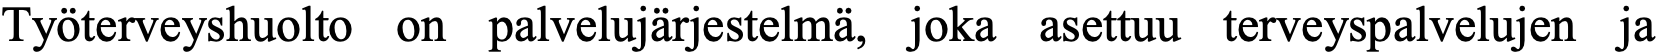
Työterveyshuolto on palvelujärjestelmä, joka asettuu terveyspalvelujen ja